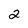
Character: 2